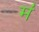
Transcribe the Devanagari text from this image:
मं॑